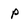
Character: P